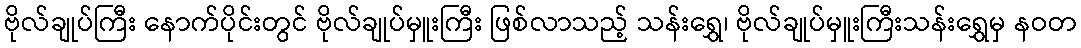
ဗိုလ်ချုပ်ကြီး နောက်ပိုင်းတွင် ဗိုလ်ချုပ်မှူးကြီး ဖြစ်လာသည့် သန်းရွှေ၊ ဗိုလ်ချုပ်မှူးကြီးသန်းရွှေမှ နဝတ